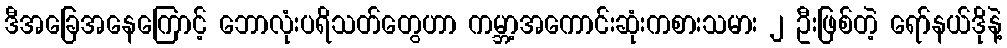
ဒီအခြေအနေကြောင့် ဘောလုံးပရိသတ်တွေဟာ ကမ္ဘာ့အကောင်းဆုံးကစားသမား ၂ ဦးဖြစ်တဲ့ ရော်နယ်ဒိုနဲ့